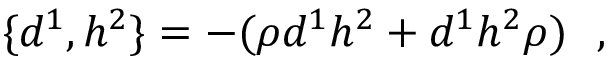
\{ d ^ { 1 } , h ^ { 2 } \} = - ( \rho d ^ { 1 } h ^ { 2 } + d ^ { 1 } h ^ { 2 } \rho ) \ \ ,